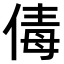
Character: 𠉩